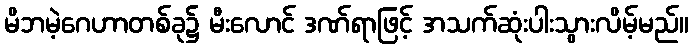
မိဘမဲ့ဂေဟာတစ်ခု၌ မီးလောင် ဒဏ်ရာဖြင့် အသက်ဆုံးပါးသွားလိမ့်မည်။